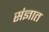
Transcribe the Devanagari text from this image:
संज्ञात